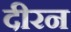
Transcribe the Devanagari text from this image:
दीरन